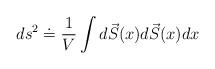
LaTeX: \begin{align*}ds^{2} \doteq \frac{1}{V} \int d\vec S(x) d\vec S (x) dx\end{align*}